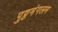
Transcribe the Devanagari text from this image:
पुट्टमंगलम